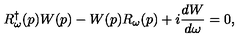
R _ { \omega } ^ { \dagger } ( p ) W ( p ) - W ( p ) R _ { \omega } ( p ) + i \frac { d W } { d \omega } = 0 ,